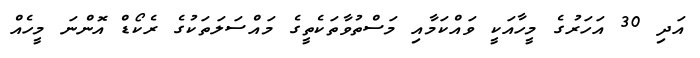
އަދި 30 އަހަރުގެ މީހާއަކީ ވައްކަމާއި މަސްތުވާތަކެތީގެ މައްސަލަތަކުގެ ރެކޯޑް އޮންނަ މީހެއް